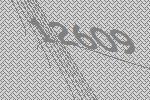
12609